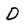
Character: D